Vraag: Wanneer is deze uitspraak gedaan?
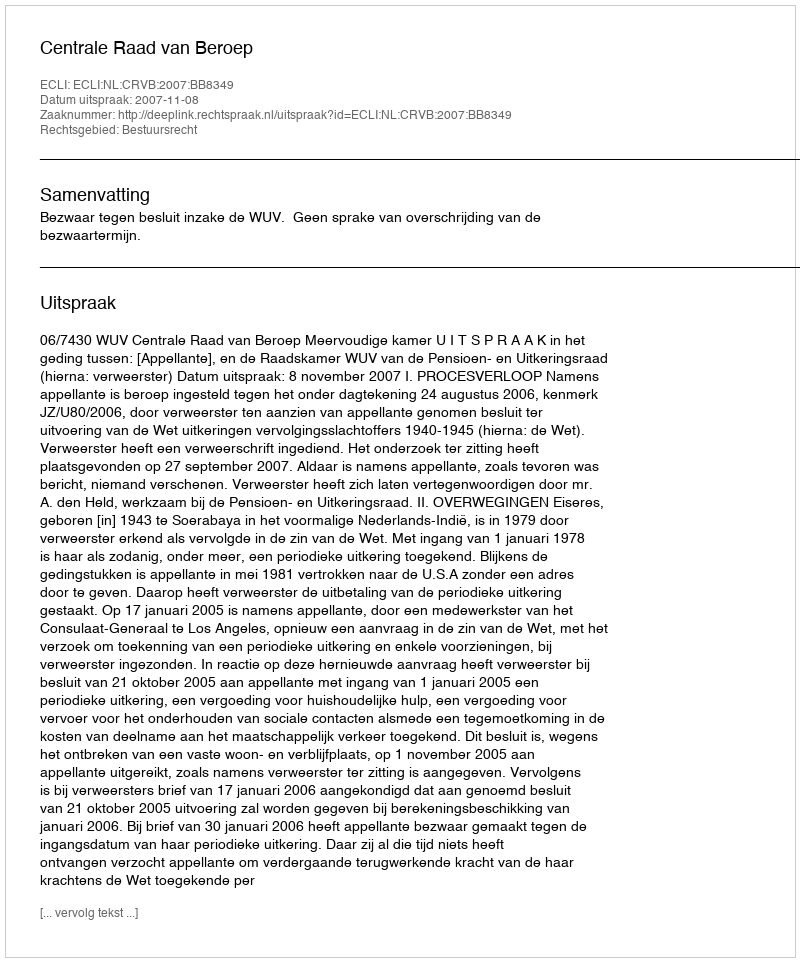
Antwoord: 2007-11-08